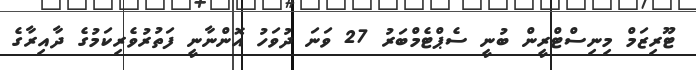
ޓޫރިޒަމް މިނިސްޓްރީން ބުނީ ސެޕްޓެމްބަރު 27 ވަނަ ދުވަހު އޮންނާނީ ފަތުރުވެރިކަމުގެ ދާއިރާގެ